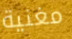
مغنية